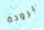
برودة